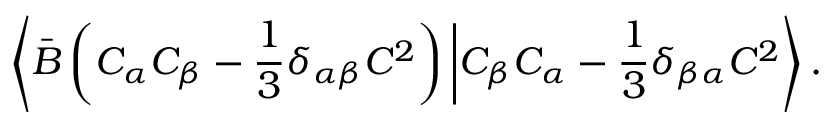
\left\langle \bar { B } \left( C _ { \alpha } C _ { \beta } - \frac { 1 } { 3 } \delta _ { \alpha \beta } C ^ { 2 } \right) \bigg | C _ { \beta } C _ { \alpha } - \frac { 1 } { 3 } \delta _ { \beta \alpha } C ^ { 2 } \right\rangle .